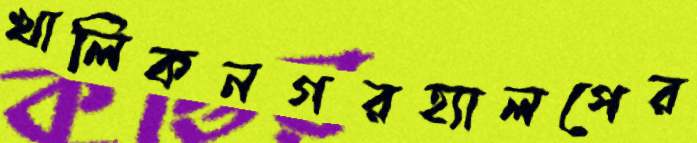
খালিকনগরহ্যালপের